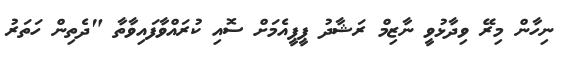
ނިހާން މިރޭ ވިދާޅުވީ ނާޒިމް ރަޝާދު ޕީޕީއެމަށް ސޮއި ކުރައްވާފައިވާތާ "ދެތިން ހަތަރު